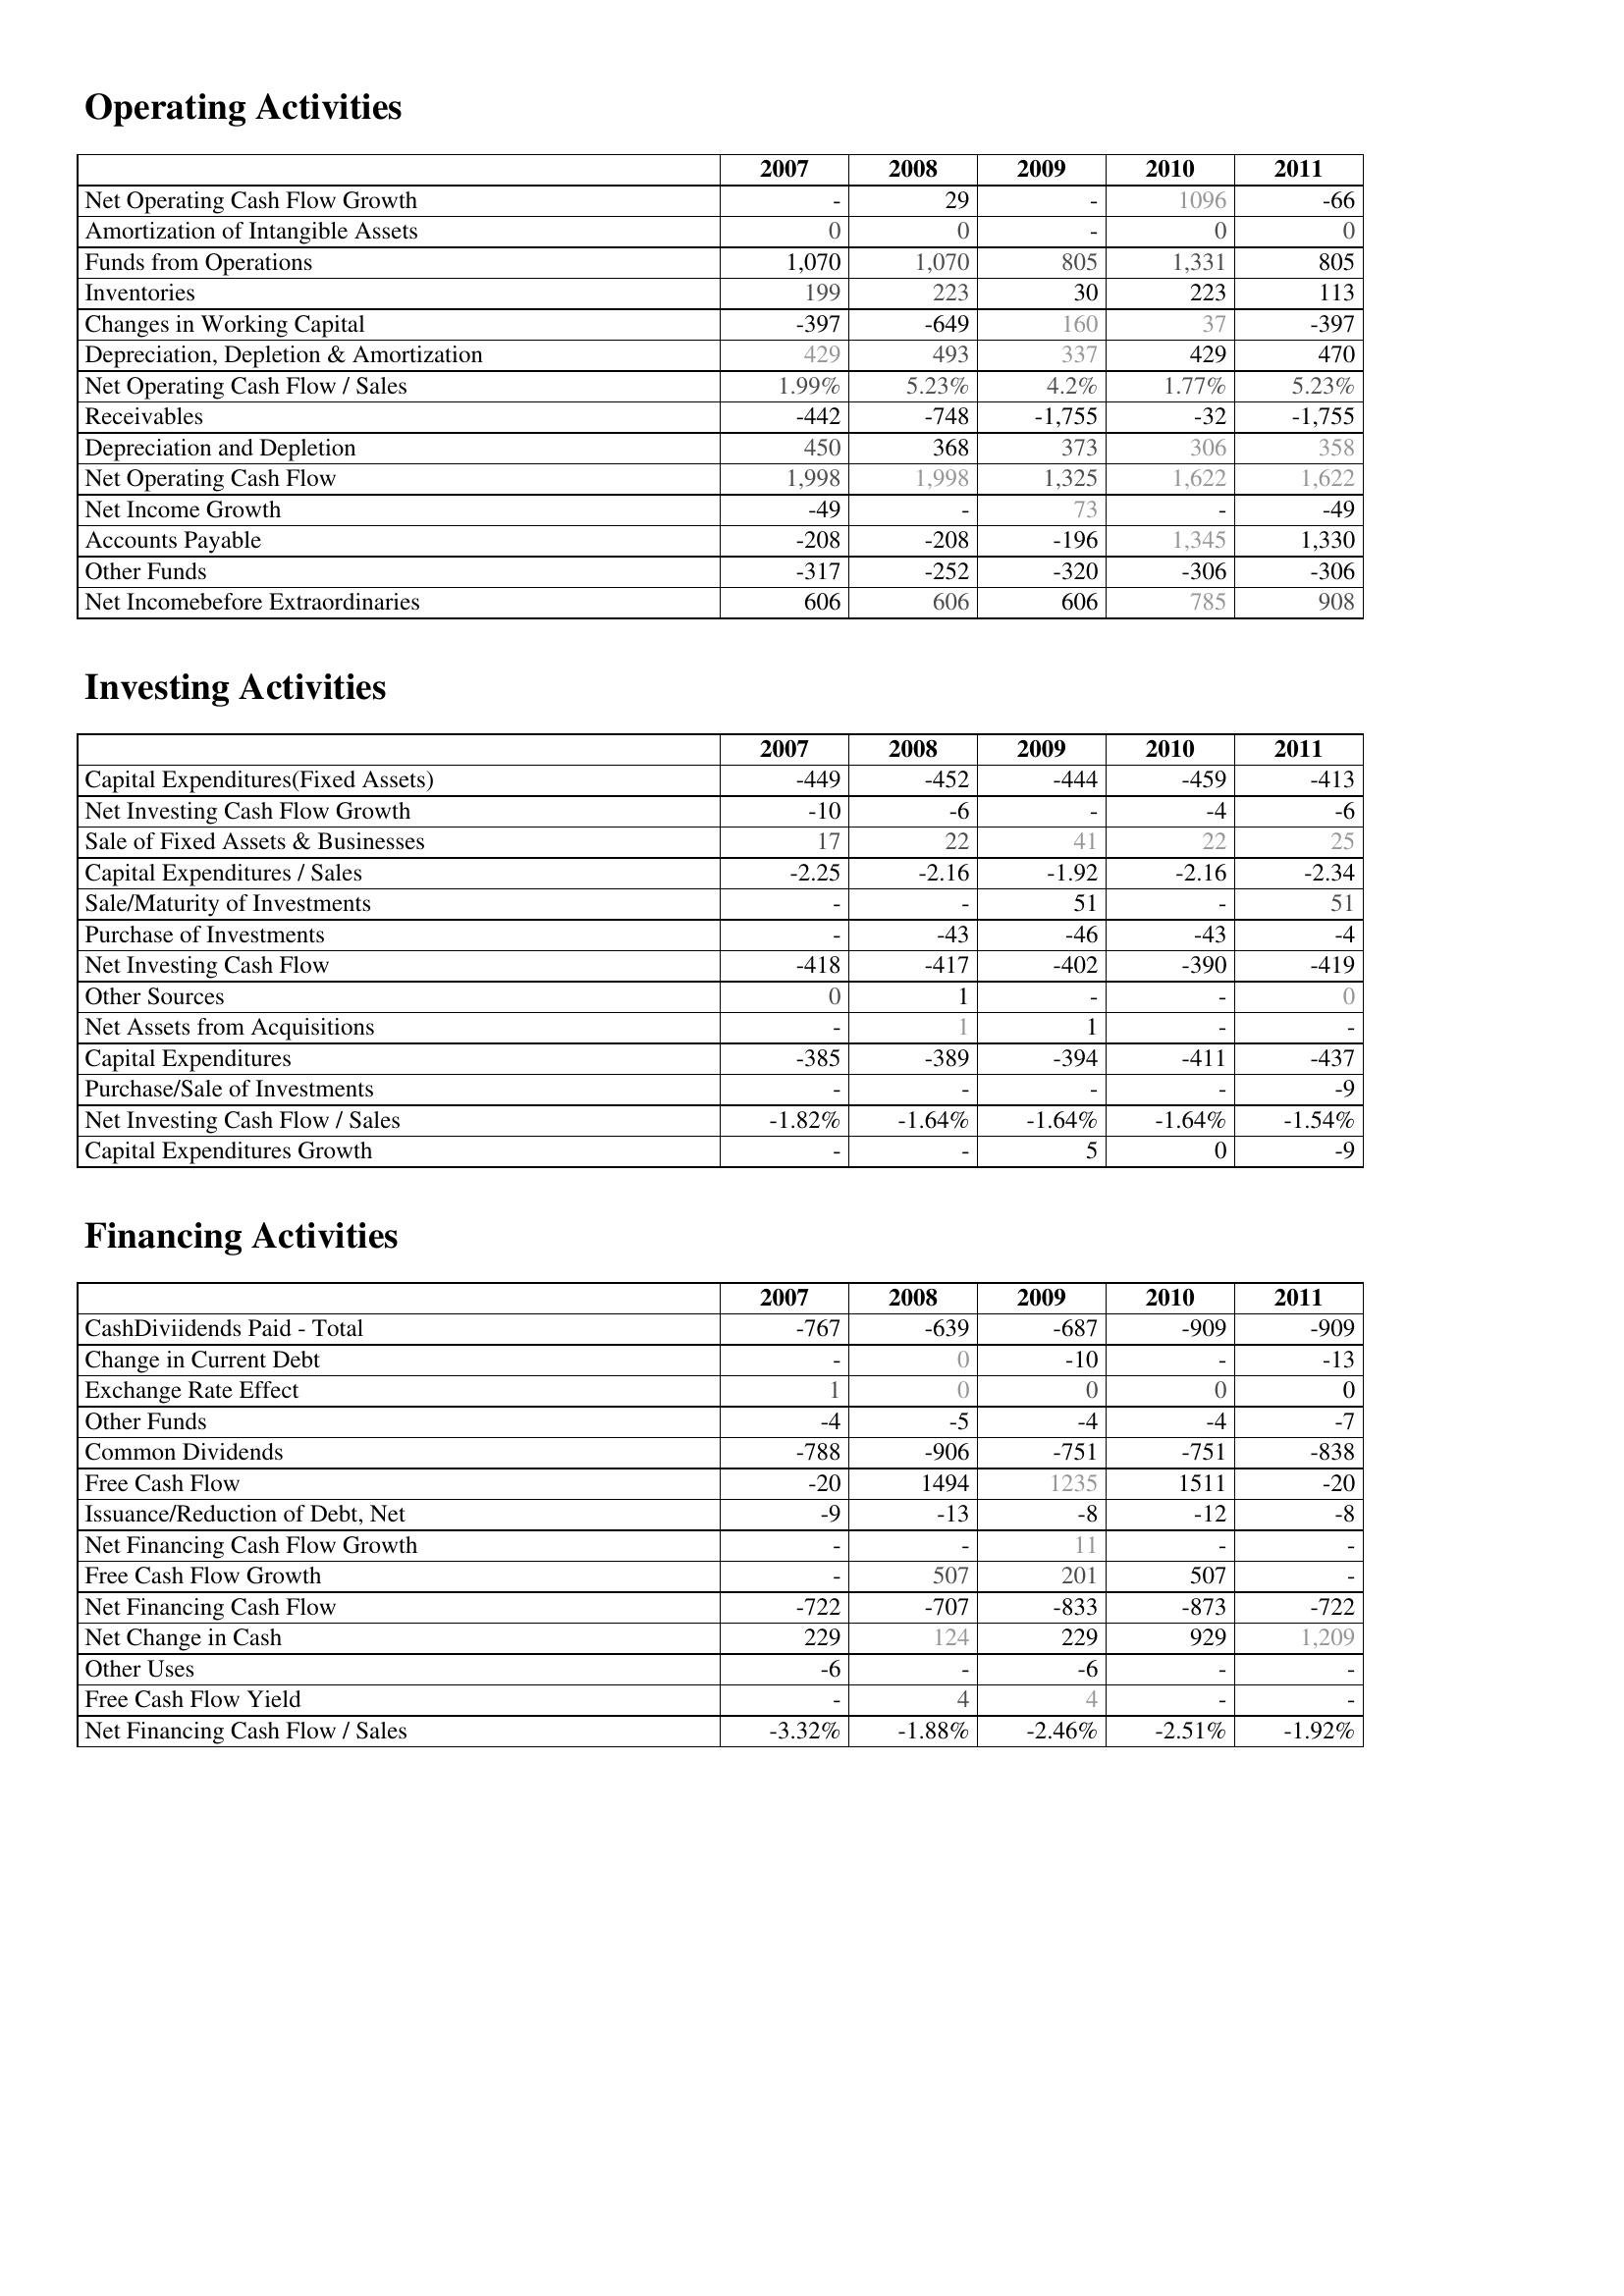
2007: Operating Activities: Net Operating Cash Flow Growth: -
Amortization of Intangible Assets: 0
Funds from Operations: 1,070
Inventories: 199
Changes in Working Capital: -397
Depreciation, Depletion & Amortization: 429
Net Operating Cash Flow / Sales: 1.99%
Receivables: -442
Depreciation and Depletion: 450
Net Operating Cash Flow: 1,998
Net Income Growth: -49
Accounts Payable: -208
Other Funds: -317
Net Incomebefore Extraordinaries: 606
Investing Activities: Capital Expenditures(Fixed Assets): -449
Net Investing Cash Flow Growth: -10
Sale of Fixed Assets & Businesses: 17
Capital Expenditures / Sales: -2.25
Sale/Maturity of Investments: -
Purchase of Investments: -
Net Investing Cash Flow: -418
Other Sources: 0
Net Assets from Acquisitions: -
Capital Expenditures: -385
Purchase/Sale of Investments: -
Net Investing Cash Flow / Sales: -1.82%
Capital Expenditures Growth: -
Financing Activities: CashDiviidends Paid - Total: -767
Change in Current Debt: -
Exchange Rate Effect: 1
Other Funds: -4
Common Dividends: -788
Free Cash Flow: -20
Issuance/Reduction of Debt, Net: -9
Net Financing Cash Flow Growth: -
Free Cash Flow Growth: -
Net Financing Cash Flow: -722
Net Change in Cash: 229
Other Uses: -6
Free Cash Flow Yield: -
Net Financing Cash Flow / Sales: -3.32%
2008: Operating Activities: Net Operating Cash Flow Growth: 29
Amortization of Intangible Assets: 0
Funds from Operations: 1,070
Inventories: 223
Changes in Working Capital: -649
Depreciation, Depletion & Amortization: 493
Net Operating Cash Flow / Sales: 5.23%
Receivables: -748
Depreciation and Depletion: 368
Net Operating Cash Flow: 1,998
Net Income Growth: -
Accounts Payable: -208
Other Funds: -252
Net Incomebefore Extraordinaries: 606
Investing Activities: Capital Expenditures(Fixed Assets): -452
Net Investing Cash Flow Growth: -6
Sale of Fixed Assets & Businesses: 22
Capital Expenditures / Sales: -2.16
Sale/Maturity of Investments: -
Purchase of Investments: -43
Net Investing Cash Flow: -417
Other Sources: 1
Net Assets from Acquisitions: 1
Capital Expenditures: -389
Purchase/Sale of Investments: -
Net Investing Cash Flow / Sales: -1.64%
Capital Expenditures Growth: -
Financing Activities: CashDiviidends Paid - Total: -639
Change in Current Debt: 0
Exchange Rate Effect: 0
Other Funds: -5
Common Dividends: -906
Free Cash Flow: 1494
Issuance/Reduction of Debt, Net: -13
Net Financing Cash Flow Growth: -
Free Cash Flow Growth: 507
Net Financing Cash Flow: -707
Net Change in Cash: 124
Other Uses: -
Free Cash Flow Yield: 4
Net Financing Cash Flow / Sales: -1.88%
2009: Operating Activities: Net Operating Cash Flow Growth: -
Amortization of Intangible Assets: -
Funds from Operations: 805
Inventories: 30
Changes in Working Capital: 160
Depreciation, Depletion & Amortization: 337
Net Operating Cash Flow / Sales: 4.2%
Receivables: -1,755
Depreciation and Depletion: 373
Net Operating Cash Flow: 1,325
Net Income Growth: 73
Accounts Payable: -196
Other Funds: -320
Net Incomebefore Extraordinaries: 606
Investing Activities: Capital Expenditures(Fixed Assets): -444
Net Investing Cash Flow Growth: -
Sale of Fixed Assets & Businesses: 41
Capital Expenditures / Sales: -1.92
Sale/Maturity of Investments: 51
Purchase of Investments: -46
Net Investing Cash Flow: -402
Other Sources: -
Net Assets from Acquisitions: 1
Capital Expenditures: -394
Purchase/Sale of Investments: -
Net Investing Cash Flow / Sales: -1.64%
Capital Expenditures Growth: 5
Financing Activities: CashDiviidends Paid - Total: -687
Change in Current Debt: -10
Exchange Rate Effect: 0
Other Funds: -4
Common Dividends: -751
Free Cash Flow: 1235
Issuance/Reduction of Debt, Net: -8
Net Financing Cash Flow Growth: 11
Free Cash Flow Growth: 201
Net Financing Cash Flow: -833
Net Change in Cash: 229
Other Uses: -6
Free Cash Flow Yield: 4
Net Financing Cash Flow / Sales: -2.46%
2010: Operating Activities: Net Operating Cash Flow Growth: 1096
Amortization of Intangible Assets: 0
Funds from Operations: 1,331
Inventories: 223
Changes in Working Capital: 37
Depreciation, Depletion & Amortization: 429
Net Operating Cash Flow / Sales: 1.77%
Receivables: -32
Depreciation and Depletion: 306
Net Operating Cash Flow: 1,622
Net Income Growth: -
Accounts Payable: 1,345
Other Funds: -306
Net Incomebefore Extraordinaries: 785
Investing Activities: Capital Expenditures(Fixed Assets): -459
Net Investing Cash Flow Growth: -4
Sale of Fixed Assets & Businesses: 22
Capital Expenditures / Sales: -2.16
Sale/Maturity of Investments: -
Purchase of Investments: -43
Net Investing Cash Flow: -390
Other Sources: -
Net Assets from Acquisitions: -
Capital Expenditures: -411
Purchase/Sale of Investments: -
Net Investing Cash Flow / Sales: -1.64%
Capital Expenditures Growth: 0
Financing Activities: CashDiviidends Paid - Total: -909
Change in Current Debt: -
Exchange Rate Effect: 0
Other Funds: -4
Common Dividends: -751
Free Cash Flow: 1511
Issuance/Reduction of Debt, Net: -12
Net Financing Cash Flow Growth: -
Free Cash Flow Growth: 507
Net Financing Cash Flow: -873
Net Change in Cash: 929
Other Uses: -
Free Cash Flow Yield: -
Net Financing Cash Flow / Sales: -2.51%
2011: Operating Activities: Net Operating Cash Flow Growth: -66
Amortization of Intangible Assets: 0
Funds from Operations: 805
Inventories: 113
Changes in Working Capital: -397
Depreciation, Depletion & Amortization: 470
Net Operating Cash Flow / Sales: 5.23%
Receivables: -1,755
Depreciation and Depletion: 358
Net Operating Cash Flow: 1,622
Net Income Growth: -49
Accounts Payable: 1,330
Other Funds: -306
Net Incomebefore Extraordinaries: 908
Investing Activities: Capital Expenditures(Fixed Assets): -413
Net Investing Cash Flow Growth: -6
Sale of Fixed Assets & Businesses: 25
Capital Expenditures / Sales: -2.34
Sale/Maturity of Investments: 51
Purchase of Investments: -4
Net Investing Cash Flow: -419
Other Sources: 0
Net Assets from Acquisitions: -
Capital Expenditures: -437
Purchase/Sale of Investments: -9
Net Investing Cash Flow / Sales: -1.54%
Capital Expenditures Growth: -9
Financing Activities: CashDiviidends Paid - Total: -909
Change in Current Debt: -13
Exchange Rate Effect: 0
Other Funds: -7
Common Dividends: -838
Free Cash Flow: -20
Issuance/Reduction of Debt, Net: -8
Net Financing Cash Flow Growth: -
Free Cash Flow Growth: -
Net Financing Cash Flow: -722
Net Change in Cash: 1,209
Other Uses: -
Free Cash Flow Yield: -
Net Financing Cash Flow / Sales: -1.92%